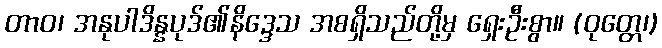
တာဝ၊ အနုပါဒိန္နပုဒ်၏နိဒ္ဒေသ အစရှိသည်တို့မှ ရှေးဦးစွာ။ (ဝုတ္တေ၊)